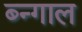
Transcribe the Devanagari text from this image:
ब्न्गाल